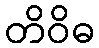
တိဝိဓ